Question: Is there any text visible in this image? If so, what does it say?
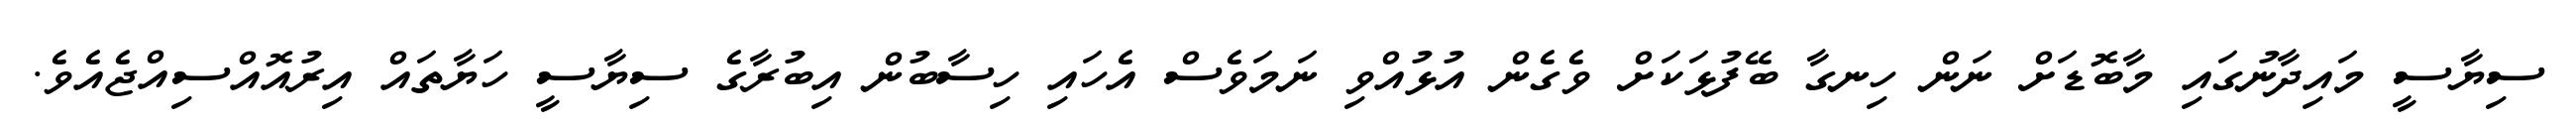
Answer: ސިޔާސީ މައިދާނުގައި މާބޮޑަށް ނަން ހިނގާ ބޭފުޅަކަށް ވެގެން އުޅުއްވި ނަމަވެސް އެހައި ހިސާބުން އިބުރާގެ ސިޔާސީ ހަޔާތައް އިރުއޮއްސިއްޖެއެވެ.